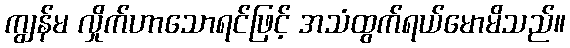
ကျွန်မ လှိုက်ဟာသောရင်ဖြင့် အသံထွက်ရယ်မောမိသည်။